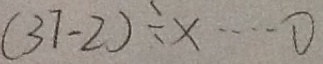
( 3 7 - 2 ) \div x \cdots 0